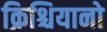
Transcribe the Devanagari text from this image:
क्रिश्चियानो